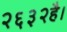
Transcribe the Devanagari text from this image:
२६३२है।